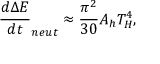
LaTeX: \frac { d \Delta E } { d t } _ { n e u t } \approx \frac { \pi ^ { 2 } } { 3 0 } A _ { h } T _ { H } ^ { 4 } ,